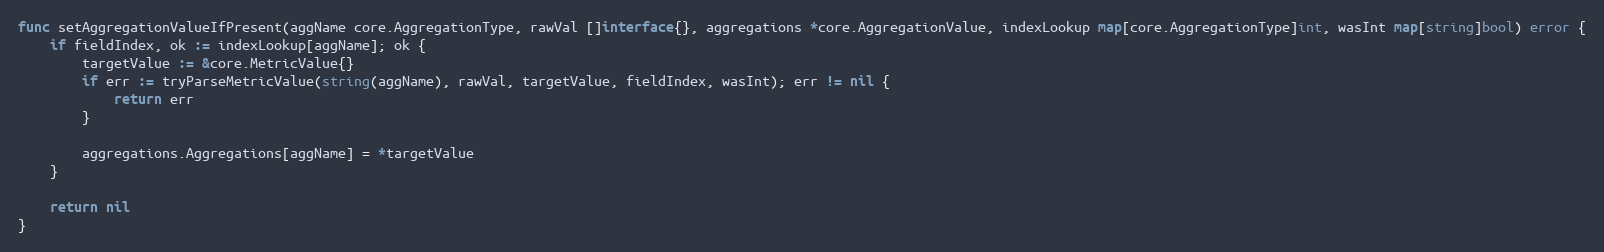
Language: Go
func setAggregationValueIfPresent(aggName core.AggregationType, rawVal []interface{}, aggregations *core.AggregationValue, indexLookup map[core.AggregationType]int, wasInt map[string]bool) error {
	if fieldIndex, ok := indexLookup[aggName]; ok {
		targetValue := &core.MetricValue{}
		if err := tryParseMetricValue(string(aggName), rawVal, targetValue, fieldIndex, wasInt); err != nil {
			return err
		}

		aggregations.Aggregations[aggName] = *targetValue
	}

	return nil
}